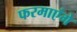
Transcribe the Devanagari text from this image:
फरमाएंगे